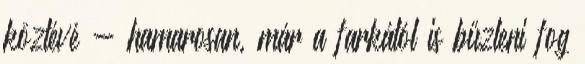
köztévé - hamarosan, már a farkától is bűzleni fog